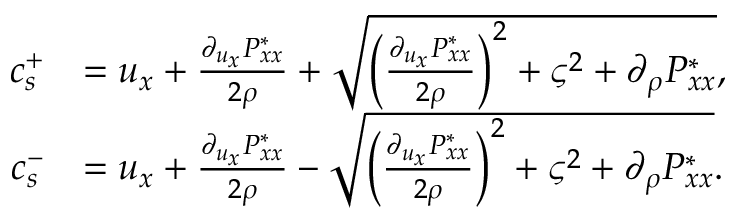
\begin{array} { r l } { c _ { s } ^ { + } } & { = u _ { x } + \frac { \partial _ { u _ { x } } P _ { x x } ^ { * } } { 2 \rho } + \sqrt { { \left( \frac { \partial _ { u _ { x } } P _ { x x } ^ { * } } { 2 \rho } \right) } ^ { 2 } + { \varsigma } ^ { 2 } + \partial _ { \rho } P _ { x x } ^ { * } } , } \\ { c _ { s } ^ { - } } & { = u _ { x } + \frac { \partial _ { u _ { x } } P _ { x x } ^ { * } } { 2 \rho } - \sqrt { { \left( \frac { \partial _ { u _ { x } } P _ { x x } ^ { * } } { 2 \rho } \right) } ^ { 2 } + { \varsigma } ^ { 2 } + \partial _ { \rho } P _ { x x } ^ { * } } . } \end{array}